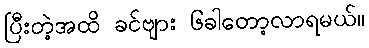
ပြီးတဲ့အထိ ခင်ဗျား ၆ခါတော့လာရမယ်။